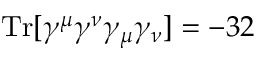
\mathrm { T r } [ \gamma ^ { \mu } \gamma ^ { \nu } \gamma _ { \mu } \gamma _ { \nu } ] = - 3 2